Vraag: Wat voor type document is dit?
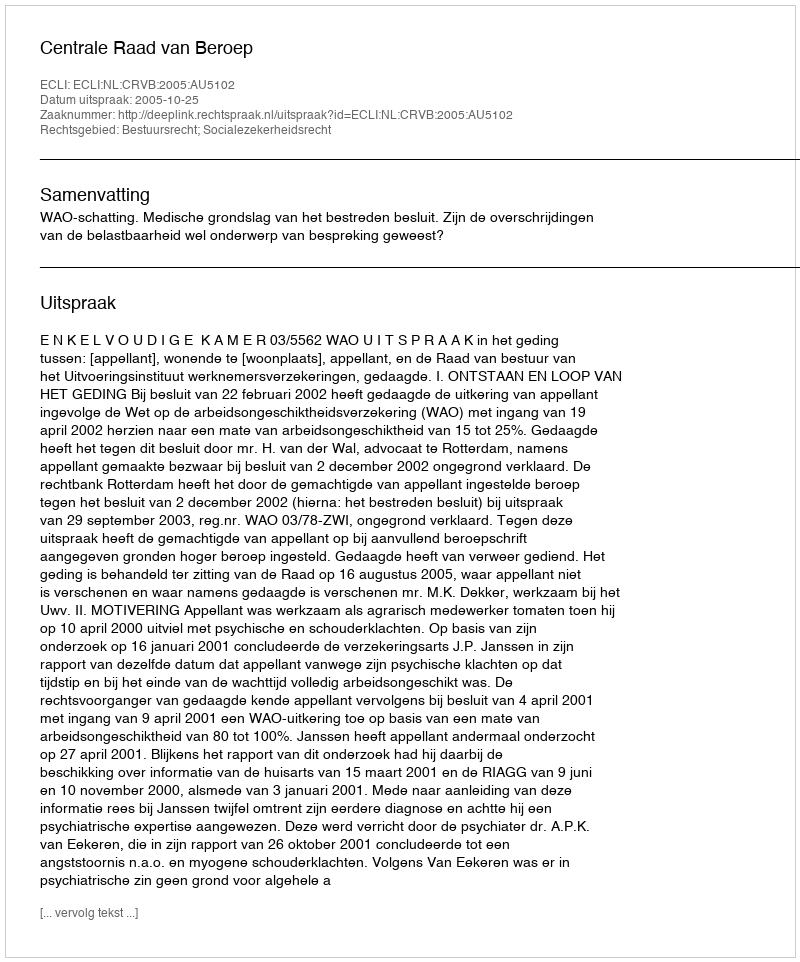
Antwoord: Uitspraak